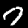
Label: 7